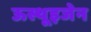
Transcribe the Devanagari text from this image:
ऊस्थूइजेन